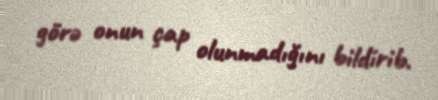
görə onun çap olunmadığını bildirib.